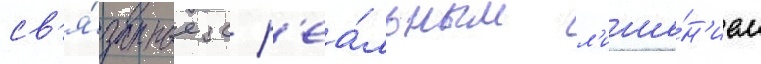
св'я́занные с р'еа́льным л'ише́н'ием